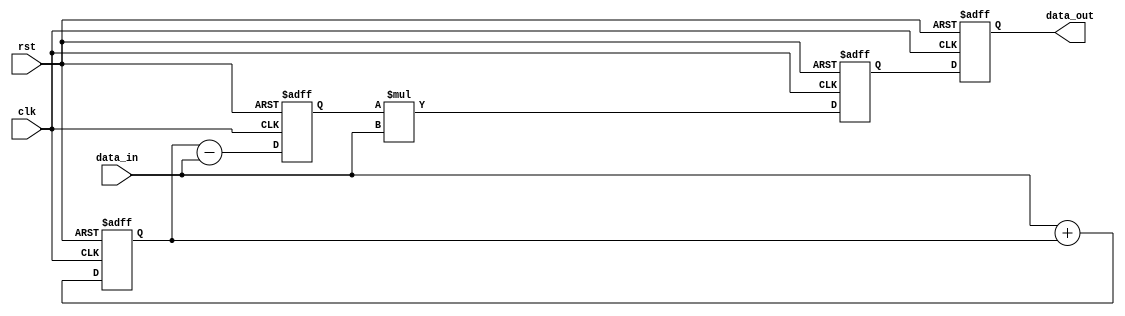
module Pipeline_Accumulator(
    input wire clk,
    input wire rst,
    input wire [7:0] data_in,
    output reg [7:0] data_out
);

reg [7:0] stage_1_out;
reg [7:0] stage_2_out;
reg [7:0] stage_3_out;

always @(posedge clk or posedge rst) begin
    if (rst) begin
        stage_1_out <= 8'b0;
        stage_2_out <= 8'b0;
        stage_3_out <= 8'b0;
        data_out <= 8'b0;
    end else begin
        stage_1_out <= data_in + stage_1_out;
        stage_2_out <= stage_1_out - data_in;
        stage_3_out <= stage_2_out * data_in;
        
        data_out <= stage_3_out;
    end
end

endmodule